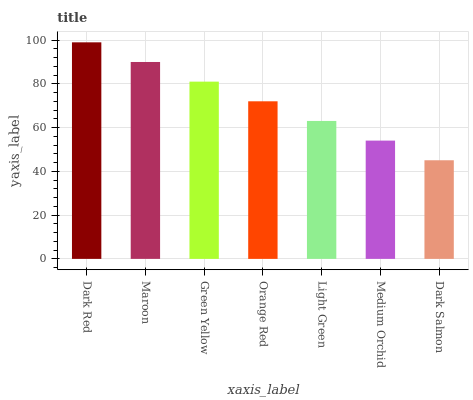
| xaxis_label | bars |
 | --- | --- |
 | Dark Red | 99 |
 | Maroon | 90 |
 | Green Yellow | 81 |
 | Orange Red | 72 |
 | Light Green | 63.1 |
 | Medium Orchid | 54.1 |
 | Dark Salmon | 45.1 |